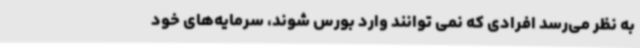
به نظر می‌رسد افرادی که نمی توانند وارد بورس شوند، سرمایه‌های خود